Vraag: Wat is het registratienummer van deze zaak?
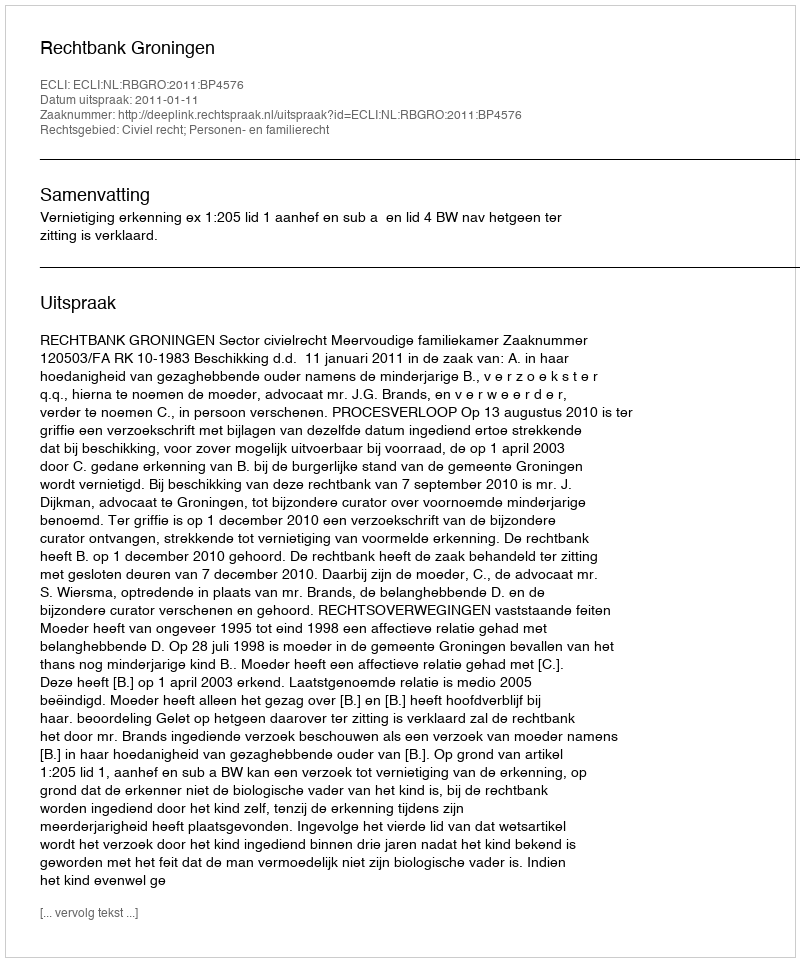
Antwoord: http://deeplink.rechtspraak.nl/uitspraak?id=ECLI:NL:RBGRO:2011:BP4576